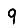
Digit: 9